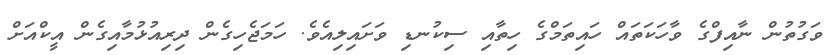
ވަގުތުން ނާއިފްގެ ވާހަކަތައް ހައިތަމްގެ ހިތާއި ސިކުނޑި ވަށައިލިއެވެ. ހަމަޖެހިގެން ދިރިއުޅުމާއިގެން އީކްއަށް